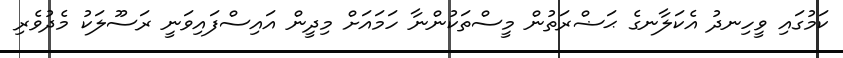
ކަމުގައި ވީހިނދު އެކަލާނގެ ޙަޟްރަތުން މީސްތަކުންނާ ހަމައަށް މިދީން އައިސްފައިވަނީ ރަސޫލަކު މެދުވެރި